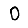
Digit: 0